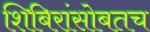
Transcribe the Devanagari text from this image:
शिबिरांसोबतच